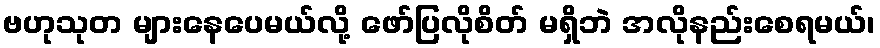
ဗဟုသုတ များနေပေမယ်လို့ ဖော်ပြလိုစိတ် မရှိဘဲ အလိုနည်းစေရမယ်၊